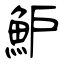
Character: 魲